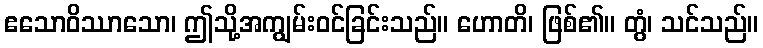
ဧသောဝိဿာသော၊ ဤသို့အကျွမ်းဝင်ခြင်းသည်။ ဟောတိ၊ ဖြစ်၏။ တွံ၊ သင်သည်။